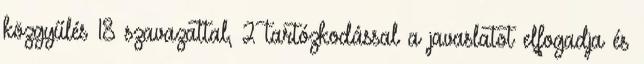
közgyűlés 18 szavazattal, 2 tartózkodással a javaslatot elfogadja és